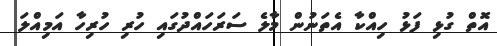
އޮތް ގުޅި ފަޅު ހިއްކާ އެތަނުން މާލެ ސަރަހައްދުގައި ހުރި ހުރިހާ އަމިއްލަ